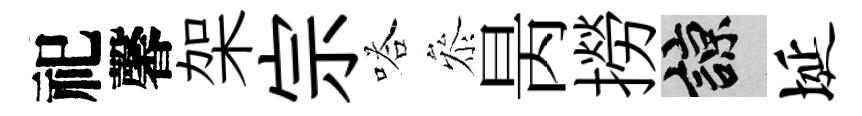
祀馨架宗嗒叅昺撈諒埏